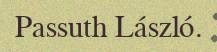
Passuth László.